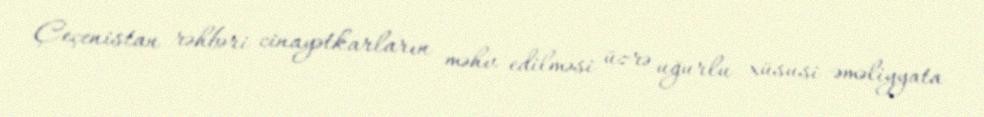
Çeçenistan rəhbəri cinayətkarların məhv edilməsi üzrə uğurlu xüsusi əməliyyata